Insane asylums in Bengal annual reports 1867-1875 - 1867-1875
Year: 1867
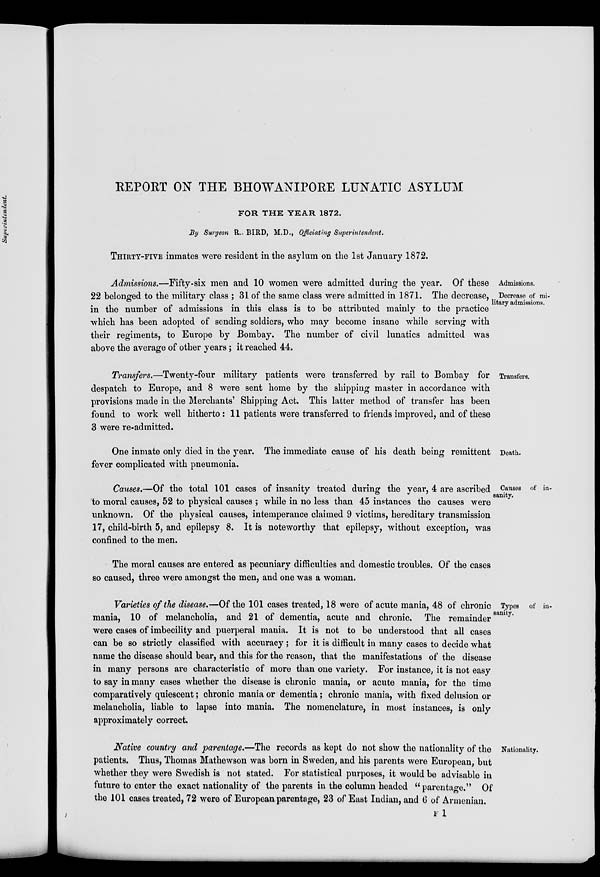
REPORT ON THE BHOWANIPORE LUNATIC ASYLUM
FOR THE YEAR 1872.
By Surgeon R.. BIRD, M.D., Officiating Superintendent.
THIRTY-FIVE inmates were resident in the asylum on the 1st January 1872.
Admissions.
Decrease of mi-
litary admissions.
Admissions.—Fifty-six men and 10 women were admitted during the year. Of these
22 belonged to the military class ; 31 of the same class were admitted in 1871. The decrease,
in the number of admissions in this class is to be attributed mainly to the practice
which has been adopted of sending soldiers, who may become insane while serving with
their regiments, to Europe by Bombay. The number of civil lunatics admitted was
above the average of other years; it reached 44.
Transfers.
Transfers.—Twenty-four military patients were transferred by rail to Bombay for
despatch to Europe, and 8 were sent home by the shipping master in accordance with
provisions made in the Merchants' Shipping Act. This latter method of transfer has been
found to work well hitherto: 11 patients were transferred to friends improved, and of these
3 were re-admitted.
Death.
One inmate only died in the year. The immediate cause of his death being remittent
fever complicated with pneumonia.
Causes of in-
sanity.
Causes.—Of the total 101 cases of insanity treated during the year, 4 are ascribed
to moral causes, 52 to physical causes ; while in no less than 45 instances the causes were
unknown. Of the physical causes, intemperance claimed 9 victims, hereditary transmission
17, child-birth 5, and epilepsy 8. It is noteworthy that epilepsy, without exception, was
confined to the men.
The moral causes are entered as pecuniary difficulties and domestic troubles. Of the cases
so caused, three were amongst the men, and one was a woman.
Types of in-
sanity.
Varieties of the disease.—Of the 101 cases treated, 18 were of acute mania, 48 of chronic
mania, 10 of melancholia, and 21 of dementia, acute and chronic. The remainder
were cases of imbecility and puerperal mania. It is not to be understood that all cases
can be so strictly classified with accuracy; for it is difficult in many cases to decide what
name the disease should bear, and this for the reason, that the manifestations of the disease
in many persons are characteristic of more than one variety. For instance, it is not easy
to say in many cases whether the disease is chronic mania, or acute mania, for the time
comparatively quiescent; chronic mania or dementia; chronic mania, with fixed delusion or
melancholia, liable to lapse into mania. The nomenclature, in most instances, is only
approximately correct.
Nationality.
Native country and parentage.—The records as kept do not show the nationality of the
patients. Thus, Thomas Mathewson was born in Sweden, and his parents were European, but
whether they were Swedish is not stated. For statistical purposes, it would be advisable in
future to enter the exact nationality of the parents in the column headed " parentage." Of
the 101 cases treated, 72 were of European parentage, 23 of East Indian, and 6 of Armenian.
F 1